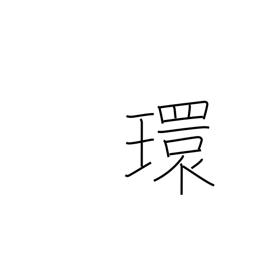
Meaning: ring